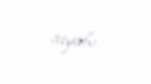
siyahı.